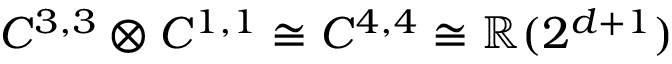
C ^ { 3 , 3 } \otimes C ^ { 1 , 1 } \cong C ^ { 4 , 4 } \cong \mathbb { R } ( 2 ^ { d + 1 } )